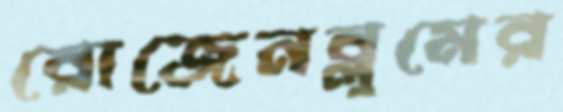
রোজেনব্লুমের